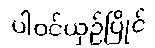
ပါဝင်ယှဉ်ပြိုင်